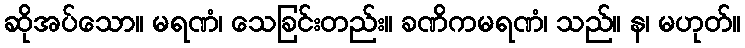
ဆိုအပ်သော။ မရဏံ၊ သေခြင်းတည်း။ ခဏိကမရဏံ၊ သည်။ န၊ မဟုတ်။